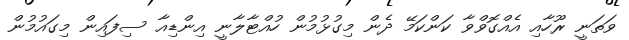
ވަތަނީ ރޫހާއި އެއްގޮވްވާ ކަންކަމޭ ދެން މިގުޅުމުން ހުއްޓާލާނީ އިންޑިއާ ސިފައިން މިގައުމުން